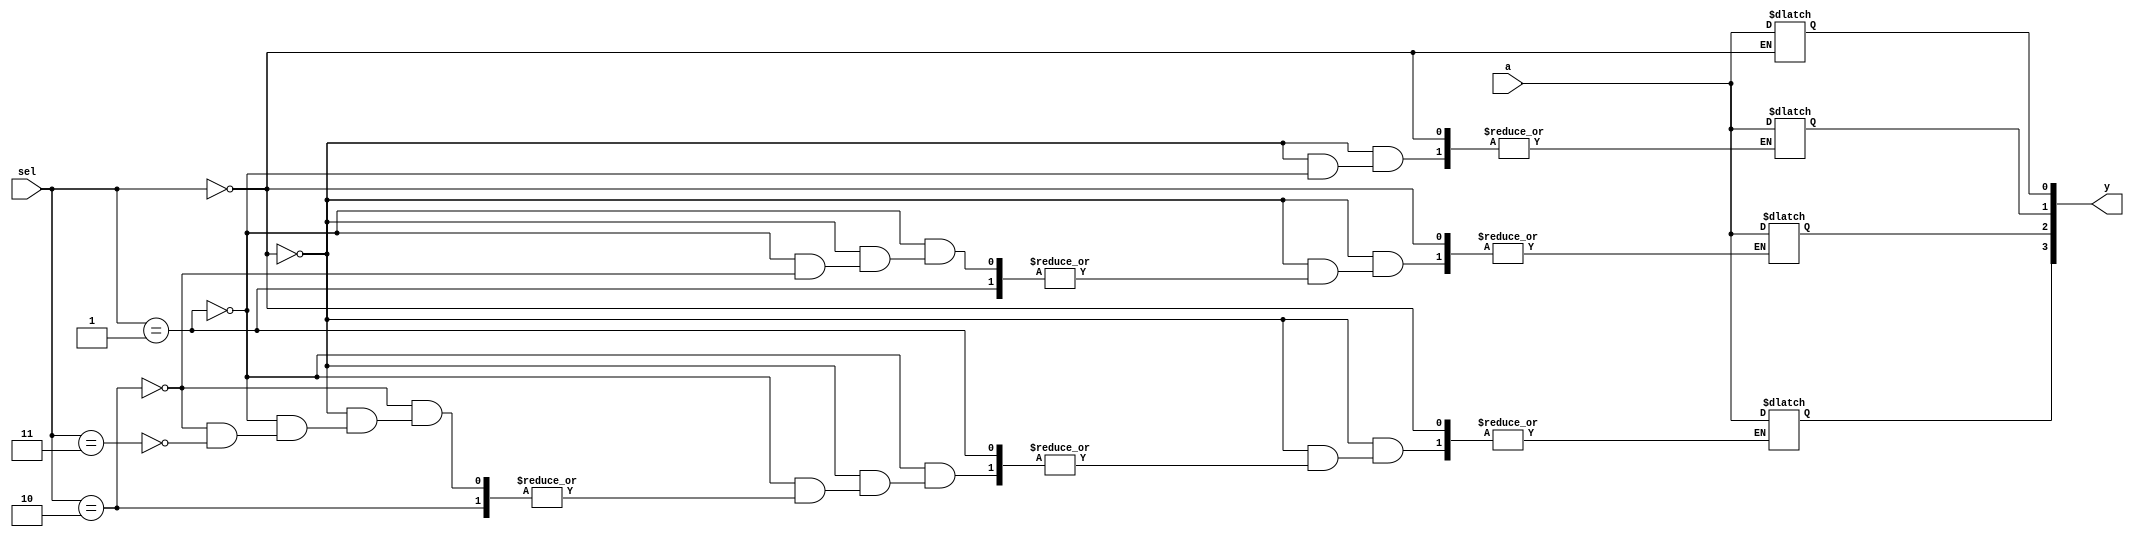
`timescale 1ns / 1ps

module demux_14(
    input a,
    input [0:1] sel,
    output [3:0] y
    );
    
    reg [3:0]yt=0;
    
    always@(*) begin
        
            if(sel==2'b00)
                yt[0]=a;
             else if(sel==2'b01)
                 yt[1]=a;
             else if(sel==2'b10)
                  yt[2]=a;
             else if(sel==2'b11)
                   yt[3]=a;
          end
         
               
   
   
   assign y=yt;
                
endmodule